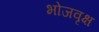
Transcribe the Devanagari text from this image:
भोजवृक्ष